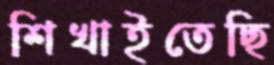
শিখাইতেছি